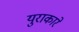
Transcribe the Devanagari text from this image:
युराकारे